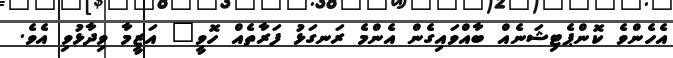
އެހެންވެ ކޮންޕެޓިޝަނެއް ބާއްވައިގެން އެންމެ ރަނގަޅު ފަރާތެއް ހޮވީ" އަޒީމާ ވިދާޅުވި އެވެ.